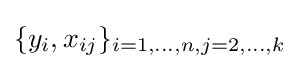
\{y_{i},x_{ij}\}_{i=1,\dots ,n,j=2,\dots ,k}